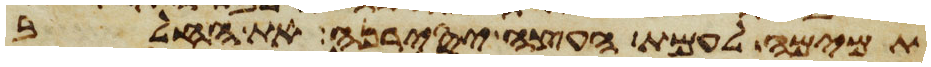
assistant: תמימה לעמת העצה יסירנה את החלב